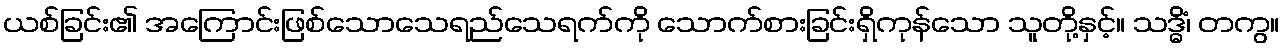
ယစ်ခြင်း၏ အကြောင်းဖြစ်သောသေရည်သေရက်ကို သောက်စားခြင်းရှိကုန်သော သူတို့နှင့်။ သဒ္ဓိံ၊ တကွ။